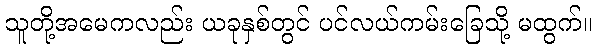
သူတို့အမေကလည်း ယခုနှစ်တွင် ပင်လယ်ကမ်းခြေသို့ မထွက်။